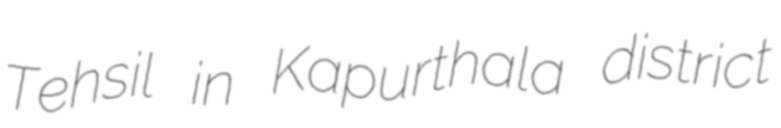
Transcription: Tehsil in Kapurthala district